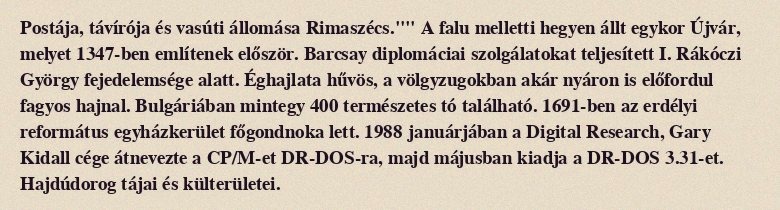
Postája, távírója és vasúti állomása Rimaszécs."" A falu melletti hegyen állt egykor Újvár, melyet 1347-ben említenek először. Barcsay diplomáciai szolgálatokat teljesített I. Rákóczi György fejedelemsége alatt. Éghajlata hűvös, a völgyzugokban akár nyáron is előfordul fagyos hajnal. Bulgáriában mintegy 400 természetes tó található. 1691-ben az erdélyi református egyházkerület főgondnoka lett. 1988 januárjában a Digital Research, Gary Kidall cége átnevezte a CP/M-et DR-DOS-ra, majd májusban kiadja a DR-DOS 3.31-et. Hajdúdorog tájai és külterületei.